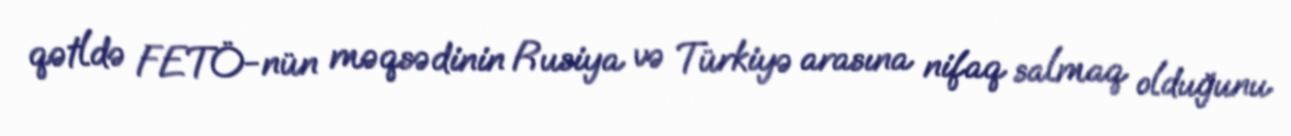
qətldə FETÖ-nün məqsədinin Rusiya və Türkiyə arasına nifaq salmaq olduğunu